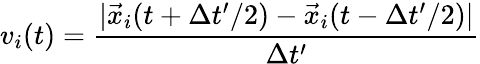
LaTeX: v_{i}(t)=\frac{|\vec{x}_{i}(t+\Delta t^{\prime}/2)-\vec{x}_{i}(t-\Delta t^{\prime}/2)|}{\Delta t^{\prime}}